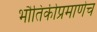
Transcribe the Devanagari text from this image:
भौतिकीप्रमाणेच